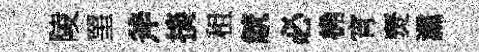
陵罣斧掞租觥必桷宵燹灙